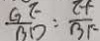
\frac { G E } { B D } : \frac { E F } { B F }